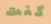
كنت